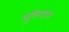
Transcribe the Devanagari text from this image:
युगेन्दरन